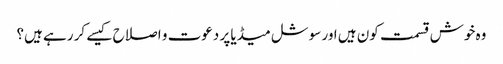
وہ خوش قسمت کون ہیں اور سوشل میڈیا پر دعوت و اصلاح کیسے کر رہے ہیں؟